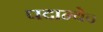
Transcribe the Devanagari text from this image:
पदान्येव